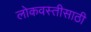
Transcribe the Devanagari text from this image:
लोकवस्तीसाठी